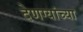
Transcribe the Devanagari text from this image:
देणग्यांच्या